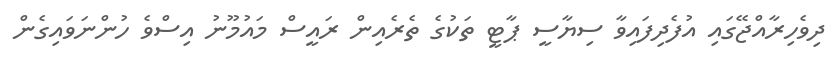
ދިވެހިރާއްޖޭގައި އުފެދިފައިވާ ސިޔާސީ ޕާޓީ ތަކުގެ ތެރެއިން ރައީސް މައުމޫނު އިސްވެ ހުންނަވައިގެން